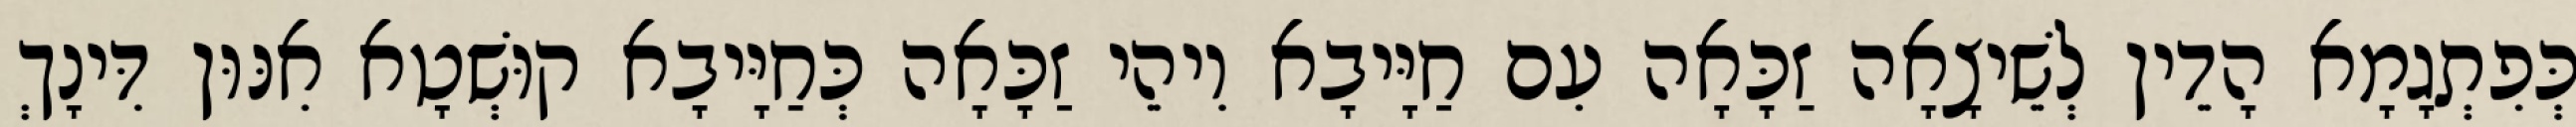
כְּפִתְגָמָא הָדֵין לְשֵׁיצָאָה זַכָּאָה עִם חַיָּיבָא וִיהֵי זַכָּאָה כְּחַיָּיבָא קוּשְׁטָא אִנּוּן דִּינָךְ